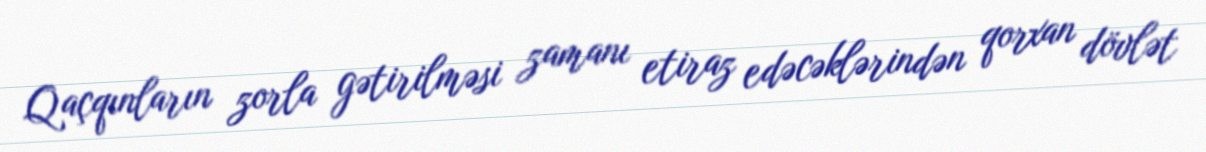
Qaçqınların zorla gətirilməsi zamanı etiraz edəcəklərindən qorxan dövlət